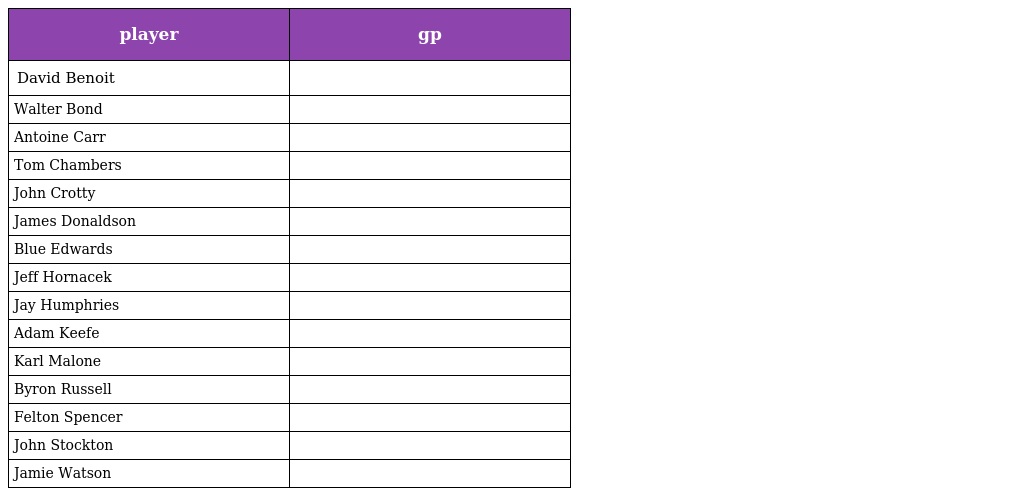
| player | gp |
 | --- | --- |
 | David Benoit |  |
 | Walter Bond |  |
 | Antoine Carr |  |
 | Tom Chambers |  |
 | John Crotty |  |
 | James Donaldson |  |
 | Blue Edwards |  |
 | Jeff Hornacek |  |
 | Jay Humphries |  |
 | Adam Keefe |  |
 | Karl Malone |  |
 | Byron Russell |  |
 | Felton Spencer |  |
 | John Stockton |  |
 | Jamie Watson |  |